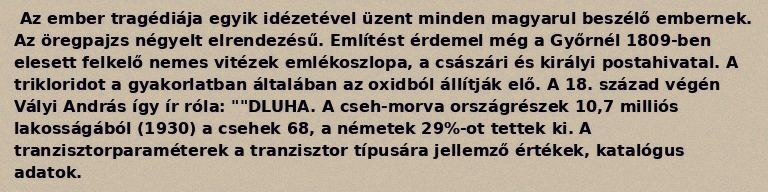
Az ember tragédiája egyik idézetével üzent minden magyarul beszélő embernek. Az öregpajzs négyelt elrendezésű. Említést érdemel még a Győrnél 1809-ben elesett felkelő nemes vitézek emlékoszlopa, a császári és királyi postahivatal. A trikloridot a gyakorlatban általában az oxidból állítják elő. A 18. század végén Vályi András így ír róla: ""DLUHA. A cseh-morva országrészek 10,7 milliós lakosságából (1930) a csehek 68, a németek 29%-ot tettek ki. A tranzisztorparaméterek a tranzisztor típusára jellemző értékek, katalógus adatok.